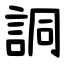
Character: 詷